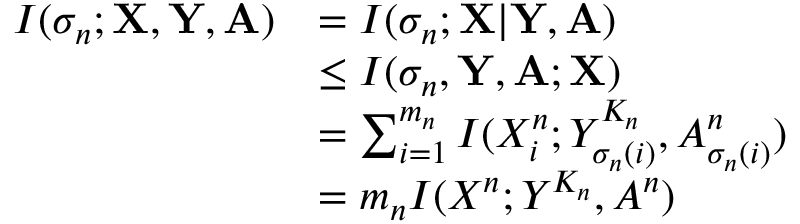
\begin{array} { r l } { I ( \sigma _ { n } ; \mathbf { X } , \mathbf { Y } , \mathbf { A } ) } & { = I ( \sigma _ { n } ; \mathbf { X } | \mathbf { Y } , \mathbf { A } ) } \\ & { \le I ( \sigma _ { n } , \mathbf { Y } , \mathbf { A } ; \mathbf { X } ) } \\ & { = \sum _ { i = 1 } ^ { m _ { n } } I ( X _ { i } ^ { n } ; Y _ { \sigma _ { n } ( i ) } ^ { K _ { n } } , A _ { \sigma _ { n } ( i ) } ^ { n } ) } \\ & { = m _ { n } I ( X ^ { n } ; Y ^ { K _ { n } } , A ^ { n } ) } \end{array}